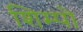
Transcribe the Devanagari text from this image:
शिम्पो